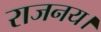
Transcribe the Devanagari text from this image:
राजनय।